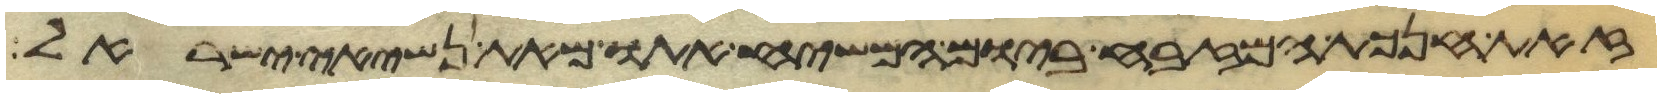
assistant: זאת חנכת המזבח ביום המשיח אתו מאת נשיאי ישראל